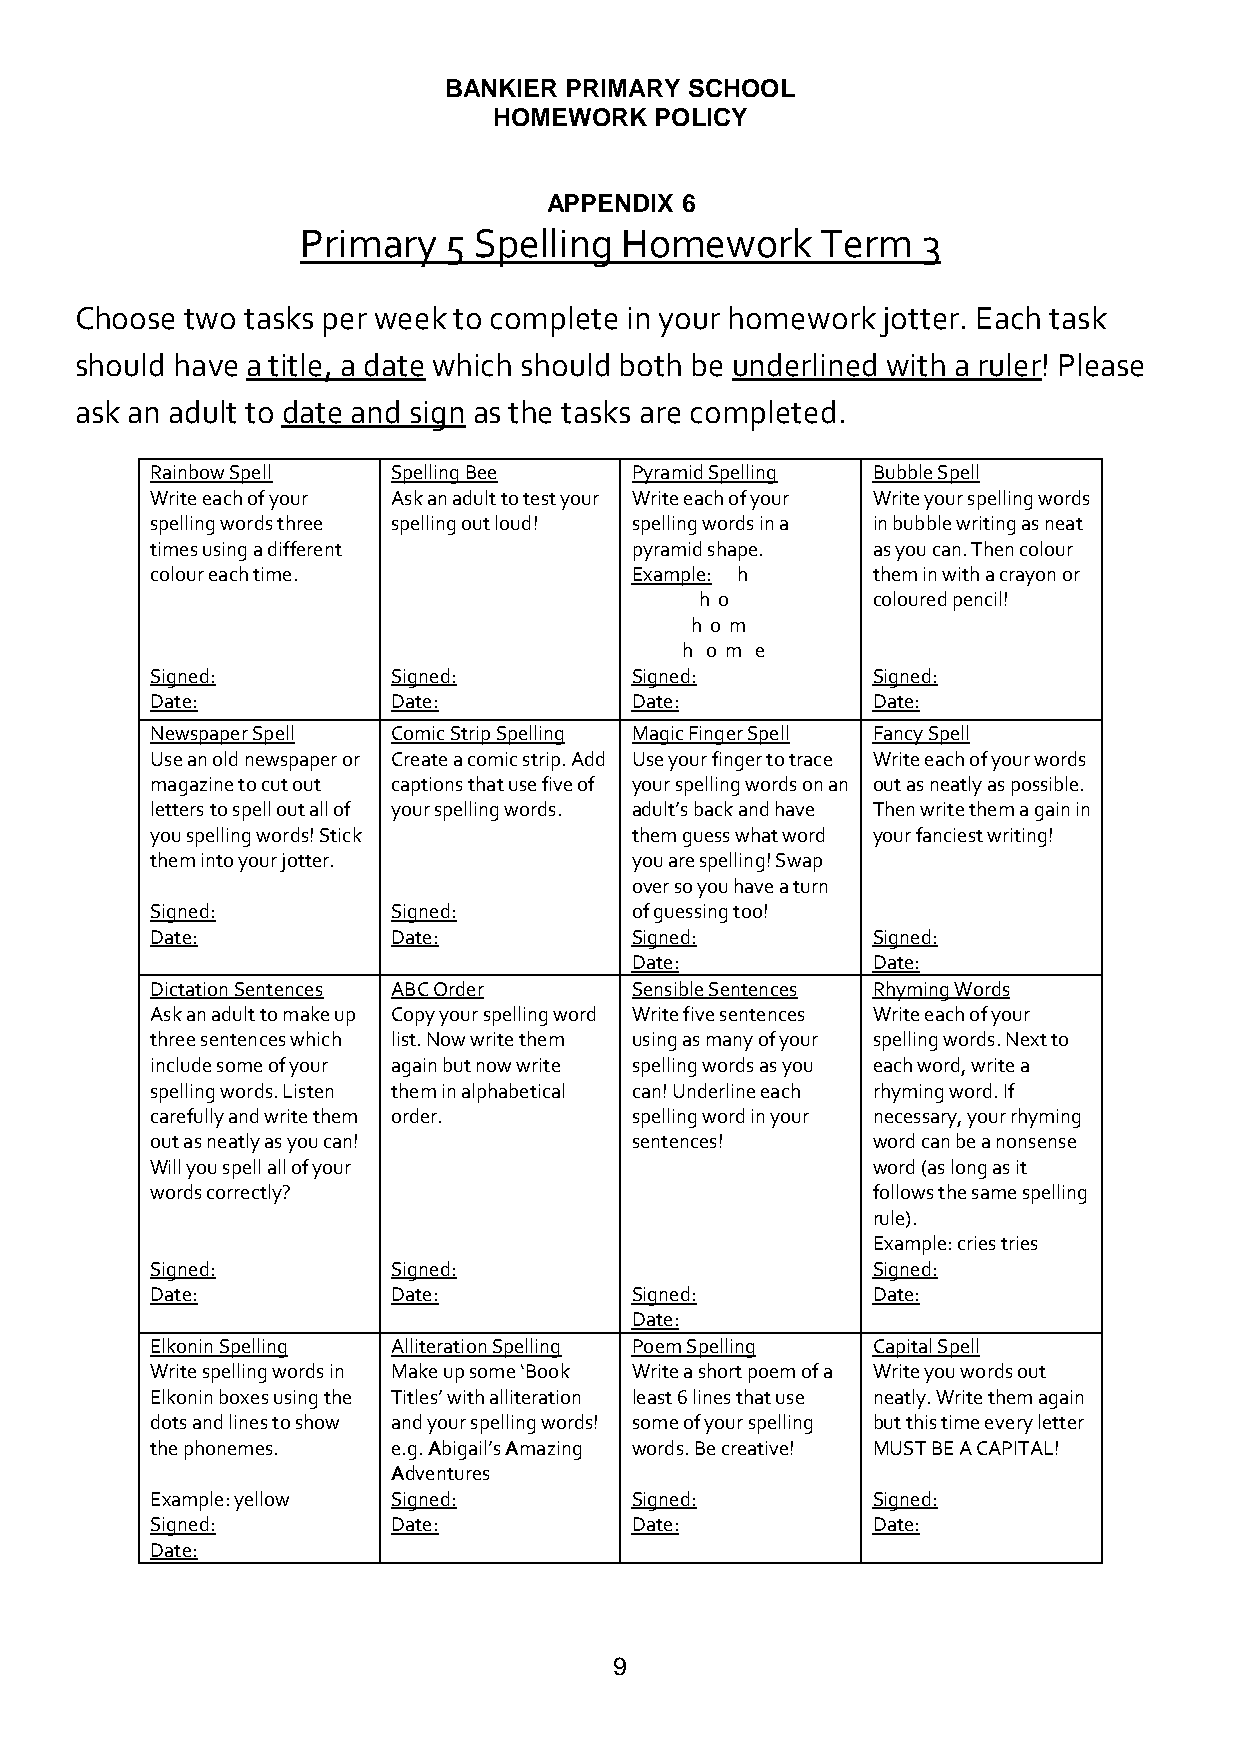
BANKIER PRIMARY  SCHOOL
 HOMEWORK  POLICY
 APPENDIX 6
 Primary  5 Spelling  Homework     Term   3
 Choose two tasks per week to complete in your homework jotter. Each task
 should have a title, a date which should both be underlined with a ruler! Please
 ask an adult to date and sign as the tasks are completed.
 Rainbow Spell   Spelling Bee    Pyramid Spelling Bubble Spell
 Write each of your Ask an adult to test your Write each of your Write your spelling words
 spelling words three spelling out loud! spelling words in a in bubble writing as neat
 times using a different         pyramid shape.  as you can. Then colour
 colour each time.               Example: h      them in with a crayon or
 h o         coloured pencil!
 h o m
 h o m e
 Signed:         Signed:         Signed:         Signed:
 Date:           Date:           Date:           Date:
 Newspaper Spell Comic Strip Spelling Magic Finger Spell Fancy Spell
 Use an old newspaper or Create a comic strip. Add Use your finger to trace Write each of your words
 magazine to cut out captions that use five of your spelling words on an out as neatly as possible.
 letters to spell out all of your spelling words. adult’s back and have Then write them a gain in
 you spelling words! Stick       them guess what word your fanciest writing!
 them into your jotter.          you are spelling! Swap
 over so you have a turn
 Signed:         Signed:         of guessing too!
 Date:           Date:           Signed:         Signed:
 Date:           Date:
 Dictation Sentences ABC Order   Sensible Sentences Rhyming Words
 Ask an adult to make up Copy your spelling word Write five sentences Write each of your
 three sentences which list. Now write them using as many of your spelling words. Next to
 include some of your again but now write spelling words as you each word, write a
 spelling words. Listen them in alphabetical can! Underline each rhyming word. If
 carefully and write them order. spelling word in your necessary, your rhyming
 out as neatly as you can!       sentences!      word can be a nonsense
 Will you spell all of your                      word (as long as it
 words correctly?                                follows the same spelling
 rule).
 Example: cries tries
 Signed:         Signed:                         Signed:
 Date:           Date:           Signed:         Date:
 Date:
 Elkonin Spelling Alliteration Spelling Poem Spelling Capital Spell
 Write spelling words in Make up some ‘Book Write a short poem of a Write you words out
 Elkonin boxes using the Titles’ with alliteration least 6 lines that use neatly. Write them again
 dots and lines to show and your spelling words! some of your spelling but this time every letter
 the phonemes.   e.g. Abigail’s Amazing words. Be creative! MUST BE A CAPITAL!
 Adventures
 Example: yellow Signed:         Signed:         Signed:
 Signed:         Date:           Date:           Date:
 Date:
 9